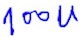
Text: 100u